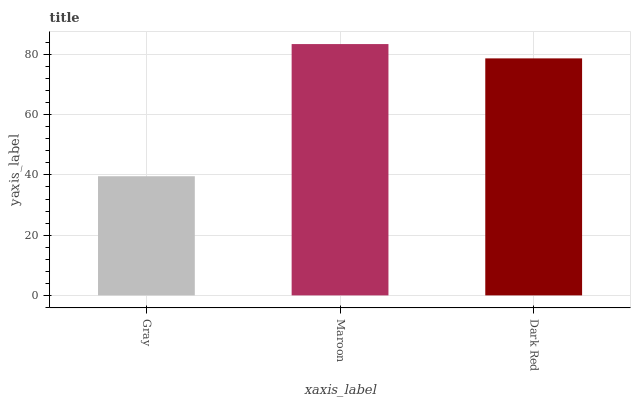
| xaxis_label | bars |
 | --- | --- |
 | Gray | 39.6 |
 | Maroon | 83.5 |
 | Dark Red | 78.7 |